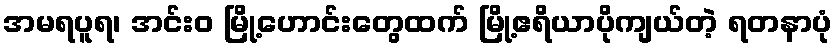
အမရပူရ၊ အင်းဝ မြို့ဟောင်းတွေထက် မြို့ဧရိယာပိုကျယ်တဲ့ ရတနာပုံ